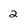
Character: 2